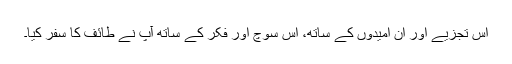
اس تجزیے اور ان امیدوں کے ساتھ، اس سوچ اور فکر کے ساتھ آپؐ نے طائف کا سفر کیا۔